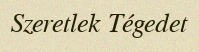
Szeretlek Tégedet